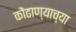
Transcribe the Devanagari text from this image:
कोंढाण्याच्या